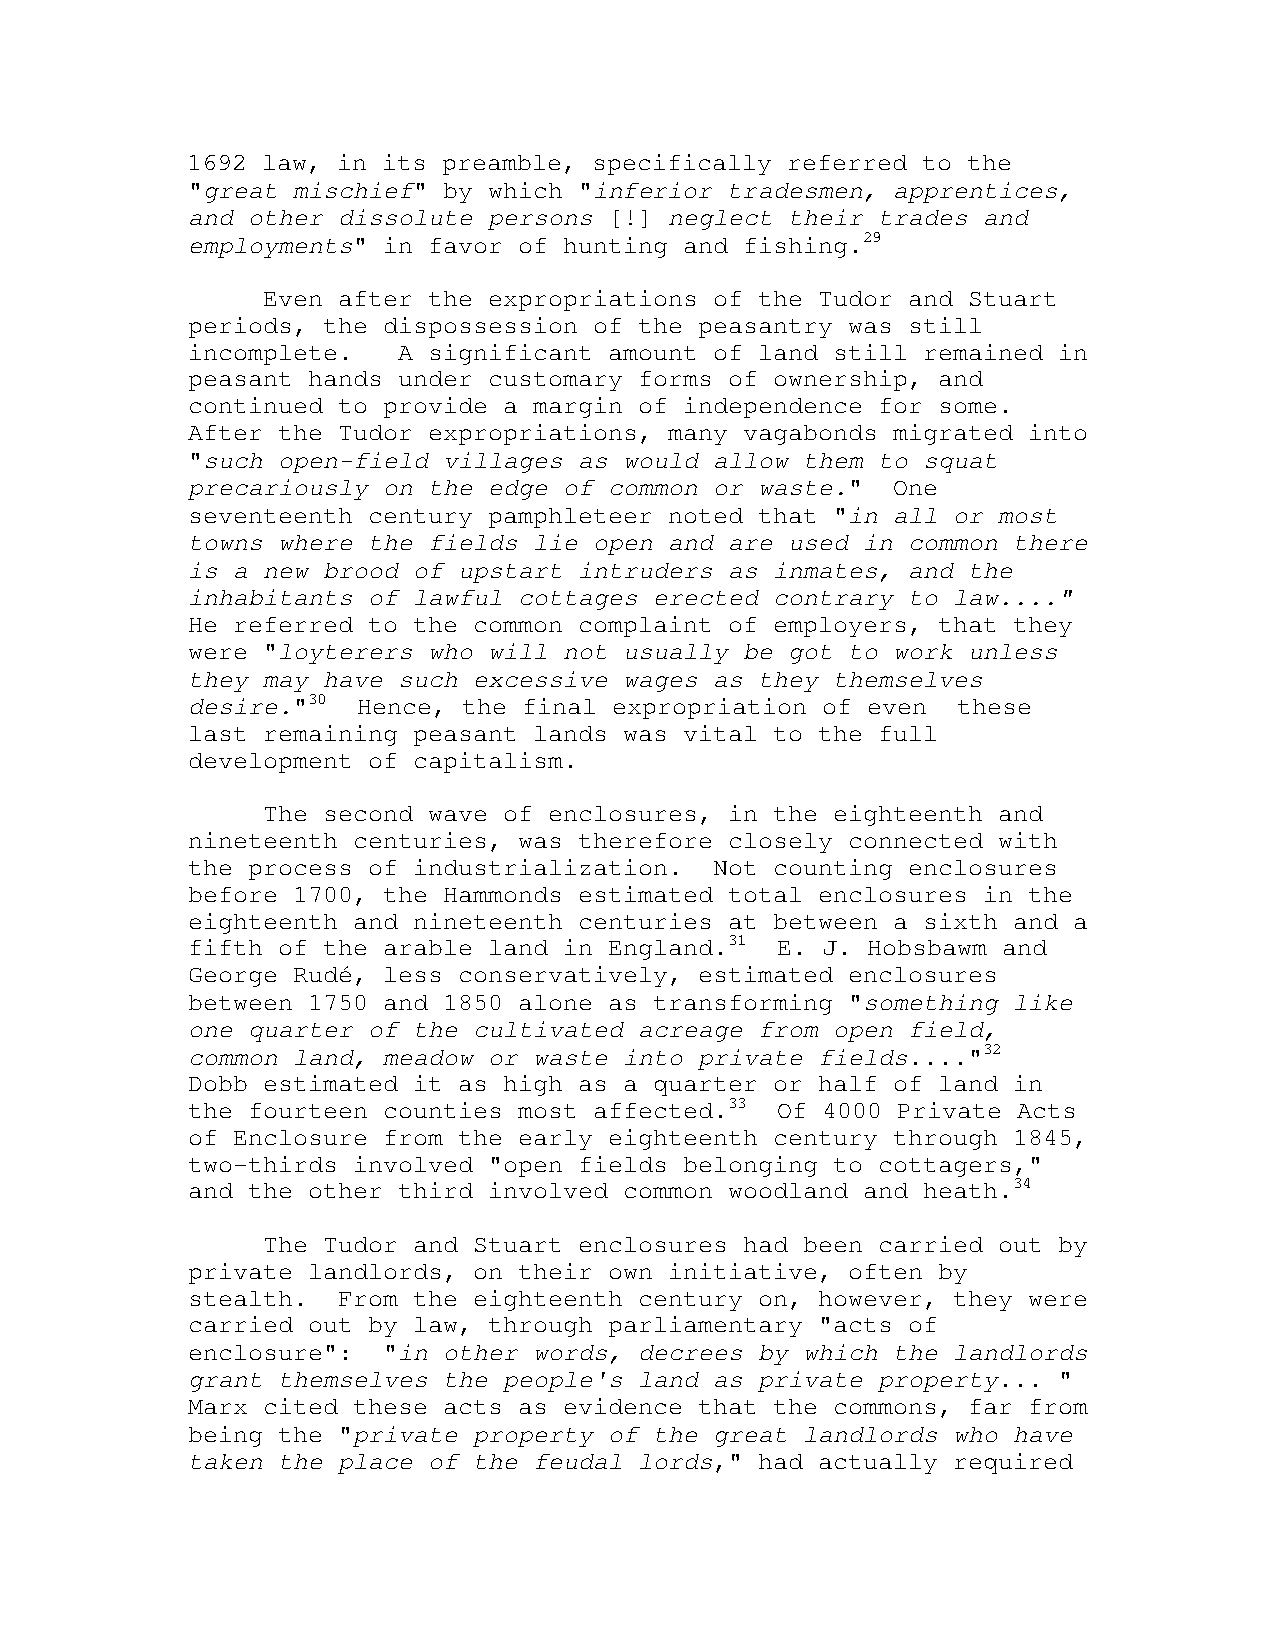
1692 law, in its preamble, specifically referred to the
 "great mischief" by which "inferior tradesmen, apprentices,
 and other dissolute persons [!] neglect their trades and
 employments" in favor of hunting and fishing.29
 Even after the expropriations of the Tudor and Stuart
 periods, the dispossession of the peasantry was still
 incomplete.   A significant amount of land still remained in
 peasant hands under customary forms of ownership, and
 continued to provide a margin of independence for some.
 After the Tudor expropriations, many vagabonds migrated into
 "such open-field villages as would allow them to squat
 precariously on the edge of common or waste."  One
 seventeenth century pamphleteer noted that "in all or most
 towns where the fields lie open and are used in common there
 is a new brood of upstart intruders as inmates, and the
 inhabitants of lawful cottages erected contrary to law...."
 He referred to the common complaint of employers, that they
 were "loyterers who will not usually be got to work unless
 they may have such excessive wages as they themselves
 desire."30  Hence, the final expropriation of even these
 last remaining peasant lands was vital to the full
 development of capitalism.
 The second wave of enclosures, in the eighteenth and
 nineteenth centuries, was therefore closely connected with
 the process of industrialization.  Not counting enclosures
 before 1700, the Hammonds estimated total enclosures in the
 eighteenth and nineteenth centuries at between a sixth and a
 fifth of the arable land in England.31 E. J. Hobsbawm and
 George Rudé, less conservatively, estimated enclosures
 between 1750 and 1850 alone as transforming "something like
 one quarter of the cultivated acreage from open field,
 common land, meadow or waste into private fields...."32
 Dobb estimated it as high as a quarter or half of land in
 the fourteen counties most affected.33 Of 4000 Private Acts
 of Enclosure from the early eighteenth century through 1845,
 two-thirds involved "open fields belonging to cottagers,"
 and the other third involved common woodland and heath.34
 The Tudor and Stuart enclosures had been carried out by
 private landlords, on their own initiative, often by
 stealth.  From the eighteenth century on, however, they were
 carried out by law, through parliamentary "acts of
 enclosure":  "in other words, decrees by which the landlords
 grant themselves the people's land as private property... "
 Marx cited these acts as evidence that the commons, far from
 being the "private property of the great landlords who have
 taken the place of the feudal lords," had actually required